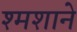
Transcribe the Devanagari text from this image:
श्मशाने